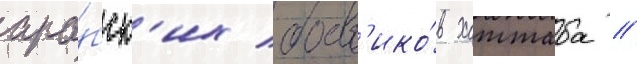
ара́бск'их боев'ико́в хаттаба //